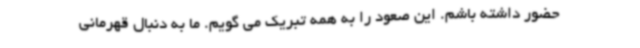
حضور داشته باشم. این صعود را به همه تبریک می گویم. ما به دنبال قهرمانی